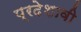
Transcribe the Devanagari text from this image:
प्रदेशावी